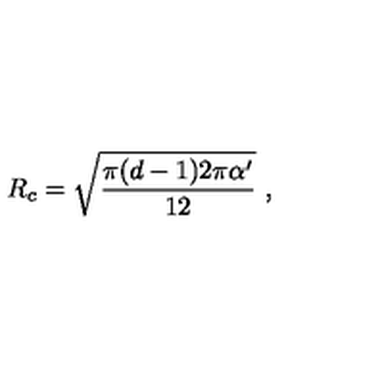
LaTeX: R _ { c } = \sqrt { { \frac { \pi ( d - 1 ) 2 \pi \alpha ^ { \prime } } { 1 2 } } } \ ,